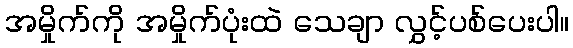
အမှိုက်ကို အမှိုက်ပုံးထဲ သေချာ လွှင့်ပစ်ပေးပါ။